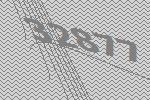
32877